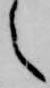
之